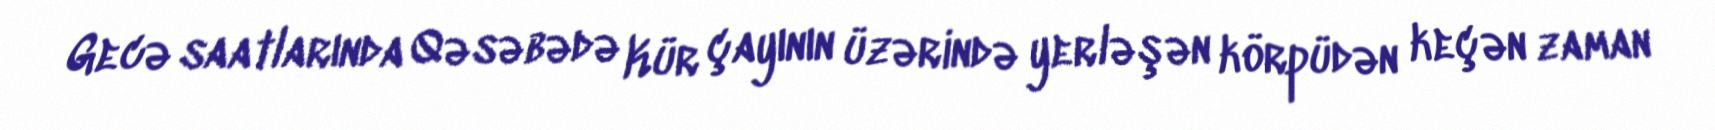
Gecə saatlarında Qəsəbədə Kür çayının üzərində yerləşən körpüdən keçən zaman